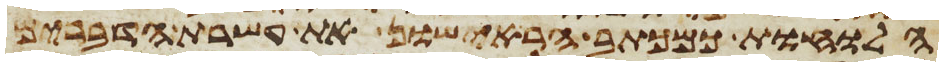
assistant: הלוחות כמכתב הראישון את עשרת הדברים